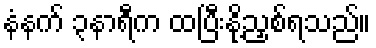
နံနက် ၃နာရီက ထပြီးနို့ညှစ်ရသည်။